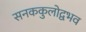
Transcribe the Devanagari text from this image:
सनककुलोद्वभव